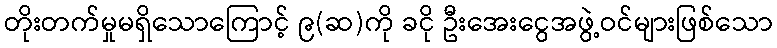
တိုးတက်မှုမရှိသောကြောင့် ၉(ဆ)ကို ခငို ဦးအေးငွေအဖွဲ့ဝင်များဖြစ်သော